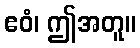
ဧဝံ၊ ဤအတူ။